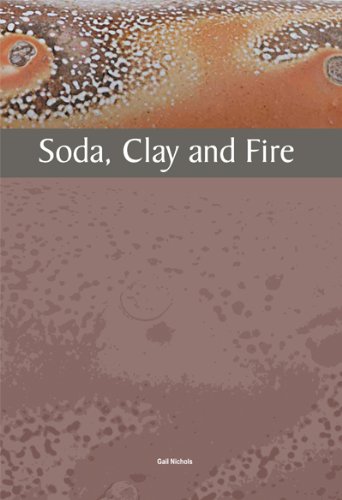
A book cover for Soda, Clay and Fire; Gail Nichols; Arts & Photography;